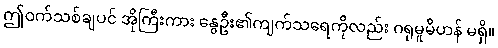
ဤဝက်သစ်ချပင် အိုကြီးကား နွေဦး၏ကျက်သရေကိုလည်း ဂရုမူမိဟန် မရှိ။